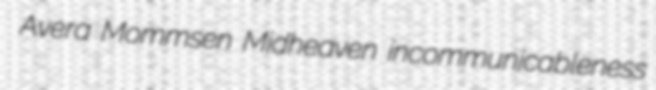
Avera Mommsen Midheaven incommunicableness